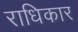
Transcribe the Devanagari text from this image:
राधिकार